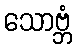
သောဗ္ဘံ